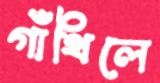
গাঁথিলে